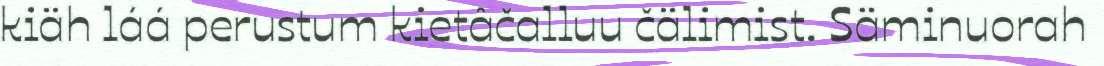
kiäh láá perustum kietâčalluu čälimist. Säminuorah